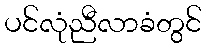
ပင်လုံညီလာခံတွင်